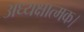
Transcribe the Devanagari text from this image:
अध्यक्षात्मक।